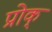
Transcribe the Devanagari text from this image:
प्रोक्